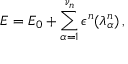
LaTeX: E = E _ { 0 } + \sum _ { \alpha = 1 } ^ { \nu _ { n } } \epsilon ^ { n } ( \lambda _ { \alpha } ^ { n } ) \, ,